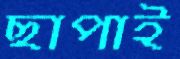
ছাপাই